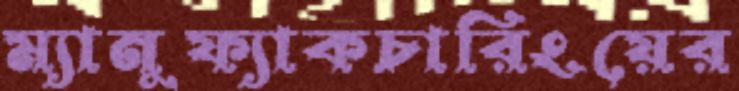
ম্যানুফ্যাকচারিংয়ের